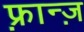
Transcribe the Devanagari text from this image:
फ़्रान्ज़